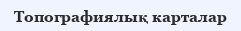
Топографиялық карталар